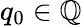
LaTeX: q_{0}\in\mathbb{Q}